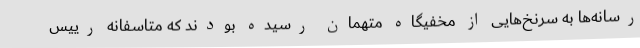
رسانه‌ها به سرنخ‌هایی از مخفیگاه متهمان رسیده بودند که متاسفانه رییس